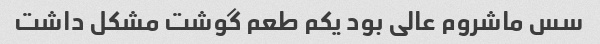
سس ماشروم عالی بود یکم طعم گوشت مشکل داشت